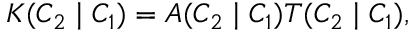
K ( C _ { 2 } \mid C _ { 1 } ) = A ( C _ { 2 } \mid C _ { 1 } ) T ( C _ { 2 } \mid C _ { 1 } ) ,